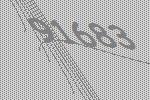
91683